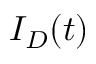
I _ { D } ( t )